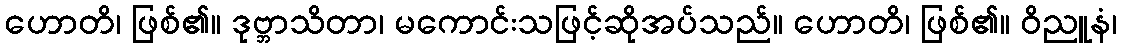
ဟောတိ၊ ဖြစ်၏။ ဒုဗ္ဘာသိတာ၊ မကောင်းသဖြင့်ဆိုအပ်သည်။ ဟောတိ၊ ဖြစ်၏။ ဝိညူနံ၊